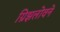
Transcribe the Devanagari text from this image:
ग्रिझलोवने